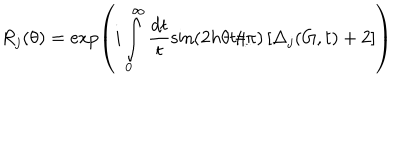
LaTeX: R _ { j } ( \theta ) = \exp \left( i \int _ { 0 } ^ { \infty } \frac { d t } { t } \sin \left( 2 h \theta t / \pi \right) \left[ \Delta _ { j } ( G , t ) + 2 \right] \right)